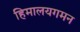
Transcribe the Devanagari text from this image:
हिमालयगमन